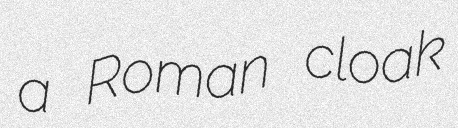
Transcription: a Roman cloak